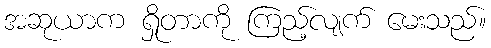
အဆုယာက ရှိုတာကို ကြည့်လျက် မေးသည်။